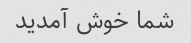
شما خوش آمدید